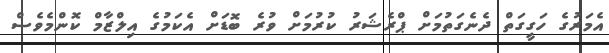
އެމަރުގެ ހަގީގަތް ދެނެގަތުމަށް ޕްރެޝަރު ކުރުމަށް ވުރެ ބޮޑަށް އެކަމުގެ އިލްޒާމް ކޮންމެވެސް